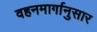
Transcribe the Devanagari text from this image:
वहनमार्गानुसार